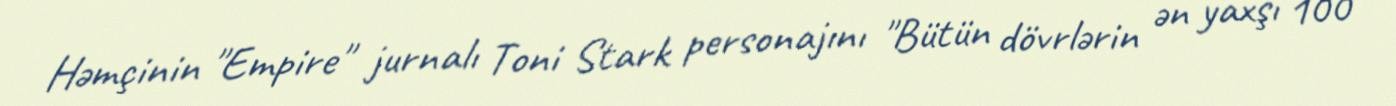
Həmçinin "Empire" jurnalı Toni Stark personajını "Bütün dövrlərin ən yaxşı 100